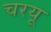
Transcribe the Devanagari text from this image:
चरयू